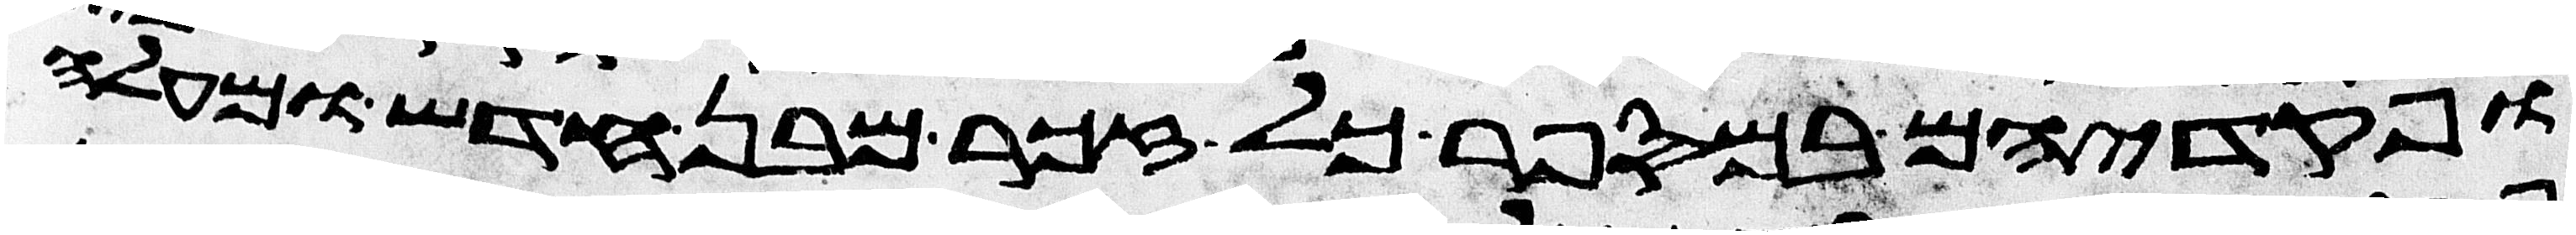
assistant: ופקדיהם במספר כל זכר מבן חדש ומעלה